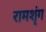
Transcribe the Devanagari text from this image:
रामशृंग